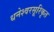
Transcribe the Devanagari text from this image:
धनेश्वरसूरिकृत